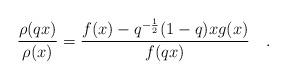
LaTeX: \begin{align*}\frac{\rho(qx)}{\rho(x)}=\frac{f(x)-q^{-\frac{1}{2}}(1-q)xg(x)}{f(qx)}\quad.\end{align*}